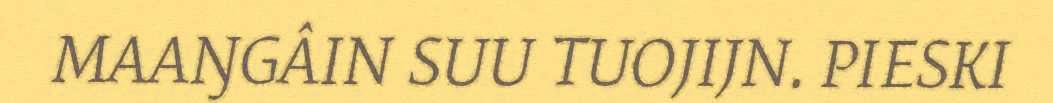
MAAŊGÂIN SUU TUOJIJN. PIESKI